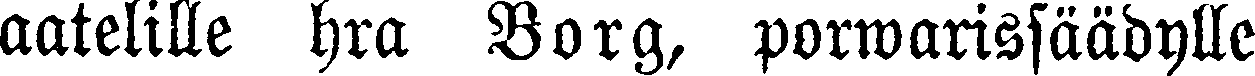
aatelille hra Borg, porwarissäädylle